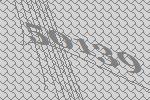
50139